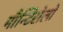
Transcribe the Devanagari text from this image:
मौन्टिसेलो